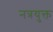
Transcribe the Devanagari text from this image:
नत्रयुक्त